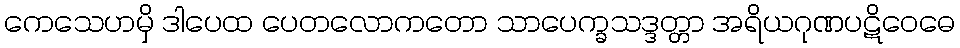
ကေသေဟမှိ ဒါပေထ ပေတလောကတော သာပေက္ခသဒ္ဒတ္တာ အရိယဂုဏပဋိဝေဓေ